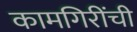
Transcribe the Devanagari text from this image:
कामगिरींची